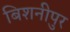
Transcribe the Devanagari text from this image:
बिशनीपुर